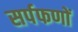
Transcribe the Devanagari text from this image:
सर्पफणों